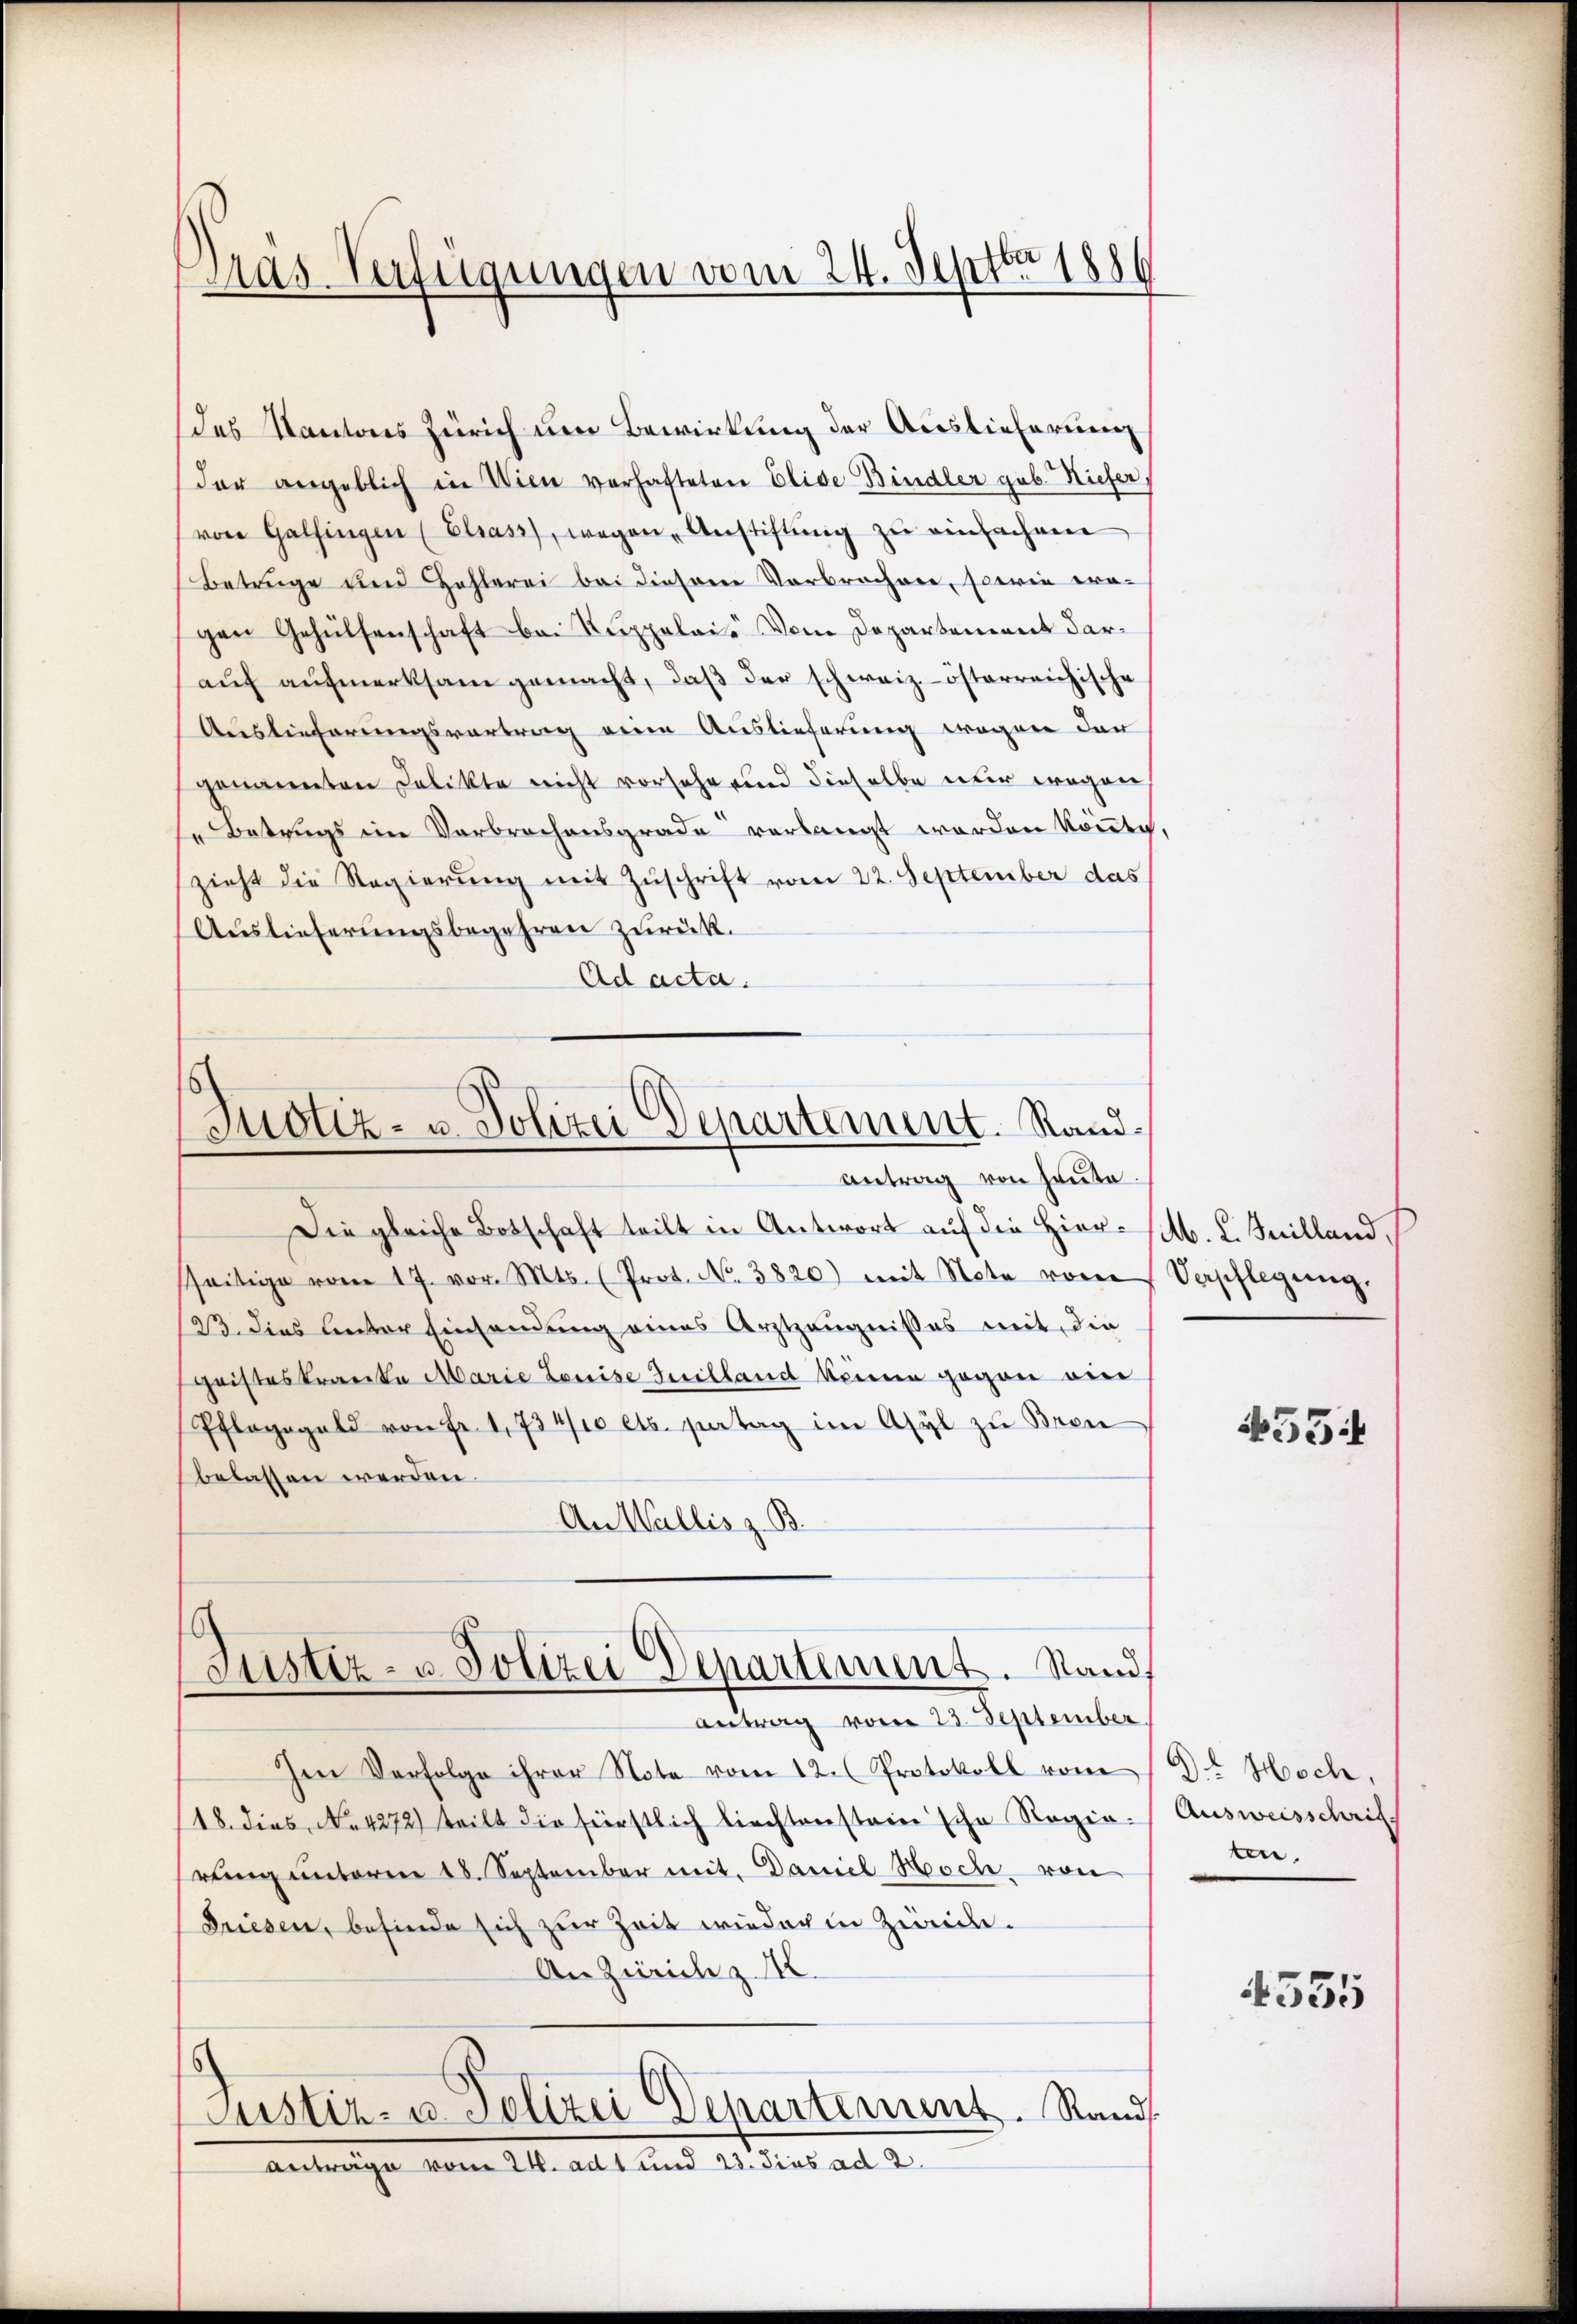
Dräs-Verfügungen vom 24. Septbr 188

des Kantons Zürich um Bewirkung der Auslieferung
der angeblich in Wien verhafteten Elide Bindler geb. Kiefer
von Galfingen (Elsass, wegen Anstiftŭng zŭ einfachen
Betrüge und Zahlerei bei diesem Verbrochen, sowie era-
gen Gehülfenschaft bei Ruppelai- Vom Departement darauf aufmerksam gemacht, daß der schweiz.-österreichische
Auslieferungsvortrag eine Auslieferung wegen der
genannten Delikte nicht vorsehe und dieselbe über wegen
" Betrugs im Verbrechensgrade verlangt worden könnte.
zieht die Regierung mit Zuschrift vom 22. September das
Auslieferungsbegehren zurück.
Ad acta.

s
Justiz- u. Polizei Departement. Sandantrag von heute.

Justiz- u. Polizei Departement. Stand

Die gleiche Botschaft teilt in Antwort auf die Hier (M. L. Juilland,
sseitige vom 17. vor. Mts. (Prot. No. 3820) mit Note vom Verpflegŭng.
23 dies unter Einsendung eines Arztzeugnißes mit, die
Geisteskranke Marie Louise Guilland könne gegen ein
Pfleggeld von Fr. 1734/10 cts. seertag im Asyl zu Bren
belassen werden.
An Wallis z. B.
antrag vom 23. September
Ien Verfolge ihrer Note vom 12. (Protokoll vom Dr. Hoch,
18. dies No 4272) teilt die fürstlich liechtenstein scho Ragia. Ausweisschrift
rung unterm 18. September mit. Daniel Hoch, von
Priesen, befinde sich zur Zeit wieder in Zweide.
An Zürich z. M.
s
Justiz- u. Polizei Departement. Rand
anträge vom 24. ad 1. und 23. dies ad 2.

55

ten.

4555